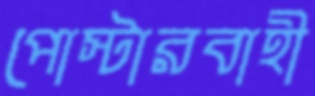
পোস্টারবাহী